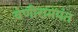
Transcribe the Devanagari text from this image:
वेणीरामपंत